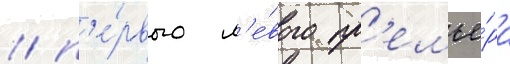
/ п'е́рвого л'е́вого пр'емье́ра